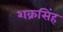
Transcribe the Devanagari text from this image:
शक्रसिंह